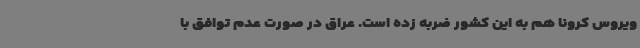
ویروس کرونا هم به این کشور ضربه زده است. عراق در صورت عدم توافق با